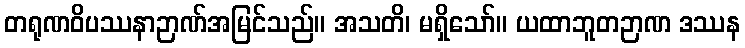
တရုဏဝိပဿနာဉာဏ်အမြင်သည်။ အသတိ၊ မရှိသော်။ ယထာဘူတဉာဏ ဒဿန